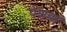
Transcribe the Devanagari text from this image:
पेशबा